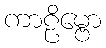
ကာဠိမ္ဗော